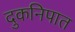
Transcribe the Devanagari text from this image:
दुकनिपात